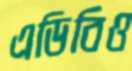
এডিবিও